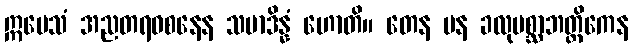
ဣမေသံ အညတရဝစနေန သမာဒိန္နံ ဟောတိ။ တေန ပန ခလုပစ္ဆာဘတ္တိကေန